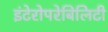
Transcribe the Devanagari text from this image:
इंटेरोपरेबिलिटी